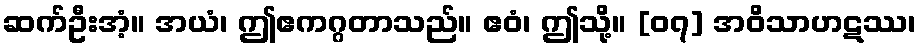
ဆက်ဦးအံ့။ အယံ၊ ဤဧကဂ္ဂတာသည်။ ဧဝံ၊ ဤသို့။ [၀၇] အဝိသာဟဋဿ၊